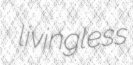
livingless